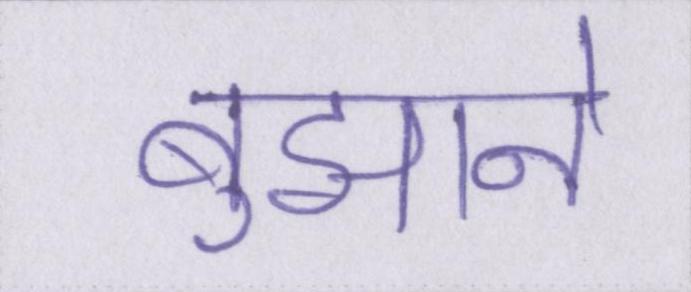
बुझाने